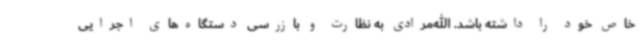
خاص خود را داشته باشد. الله‌مرادی به نظارت و بازرسی دستگاه‌های اجرایی